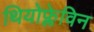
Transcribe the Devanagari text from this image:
थियोफ्लेविन